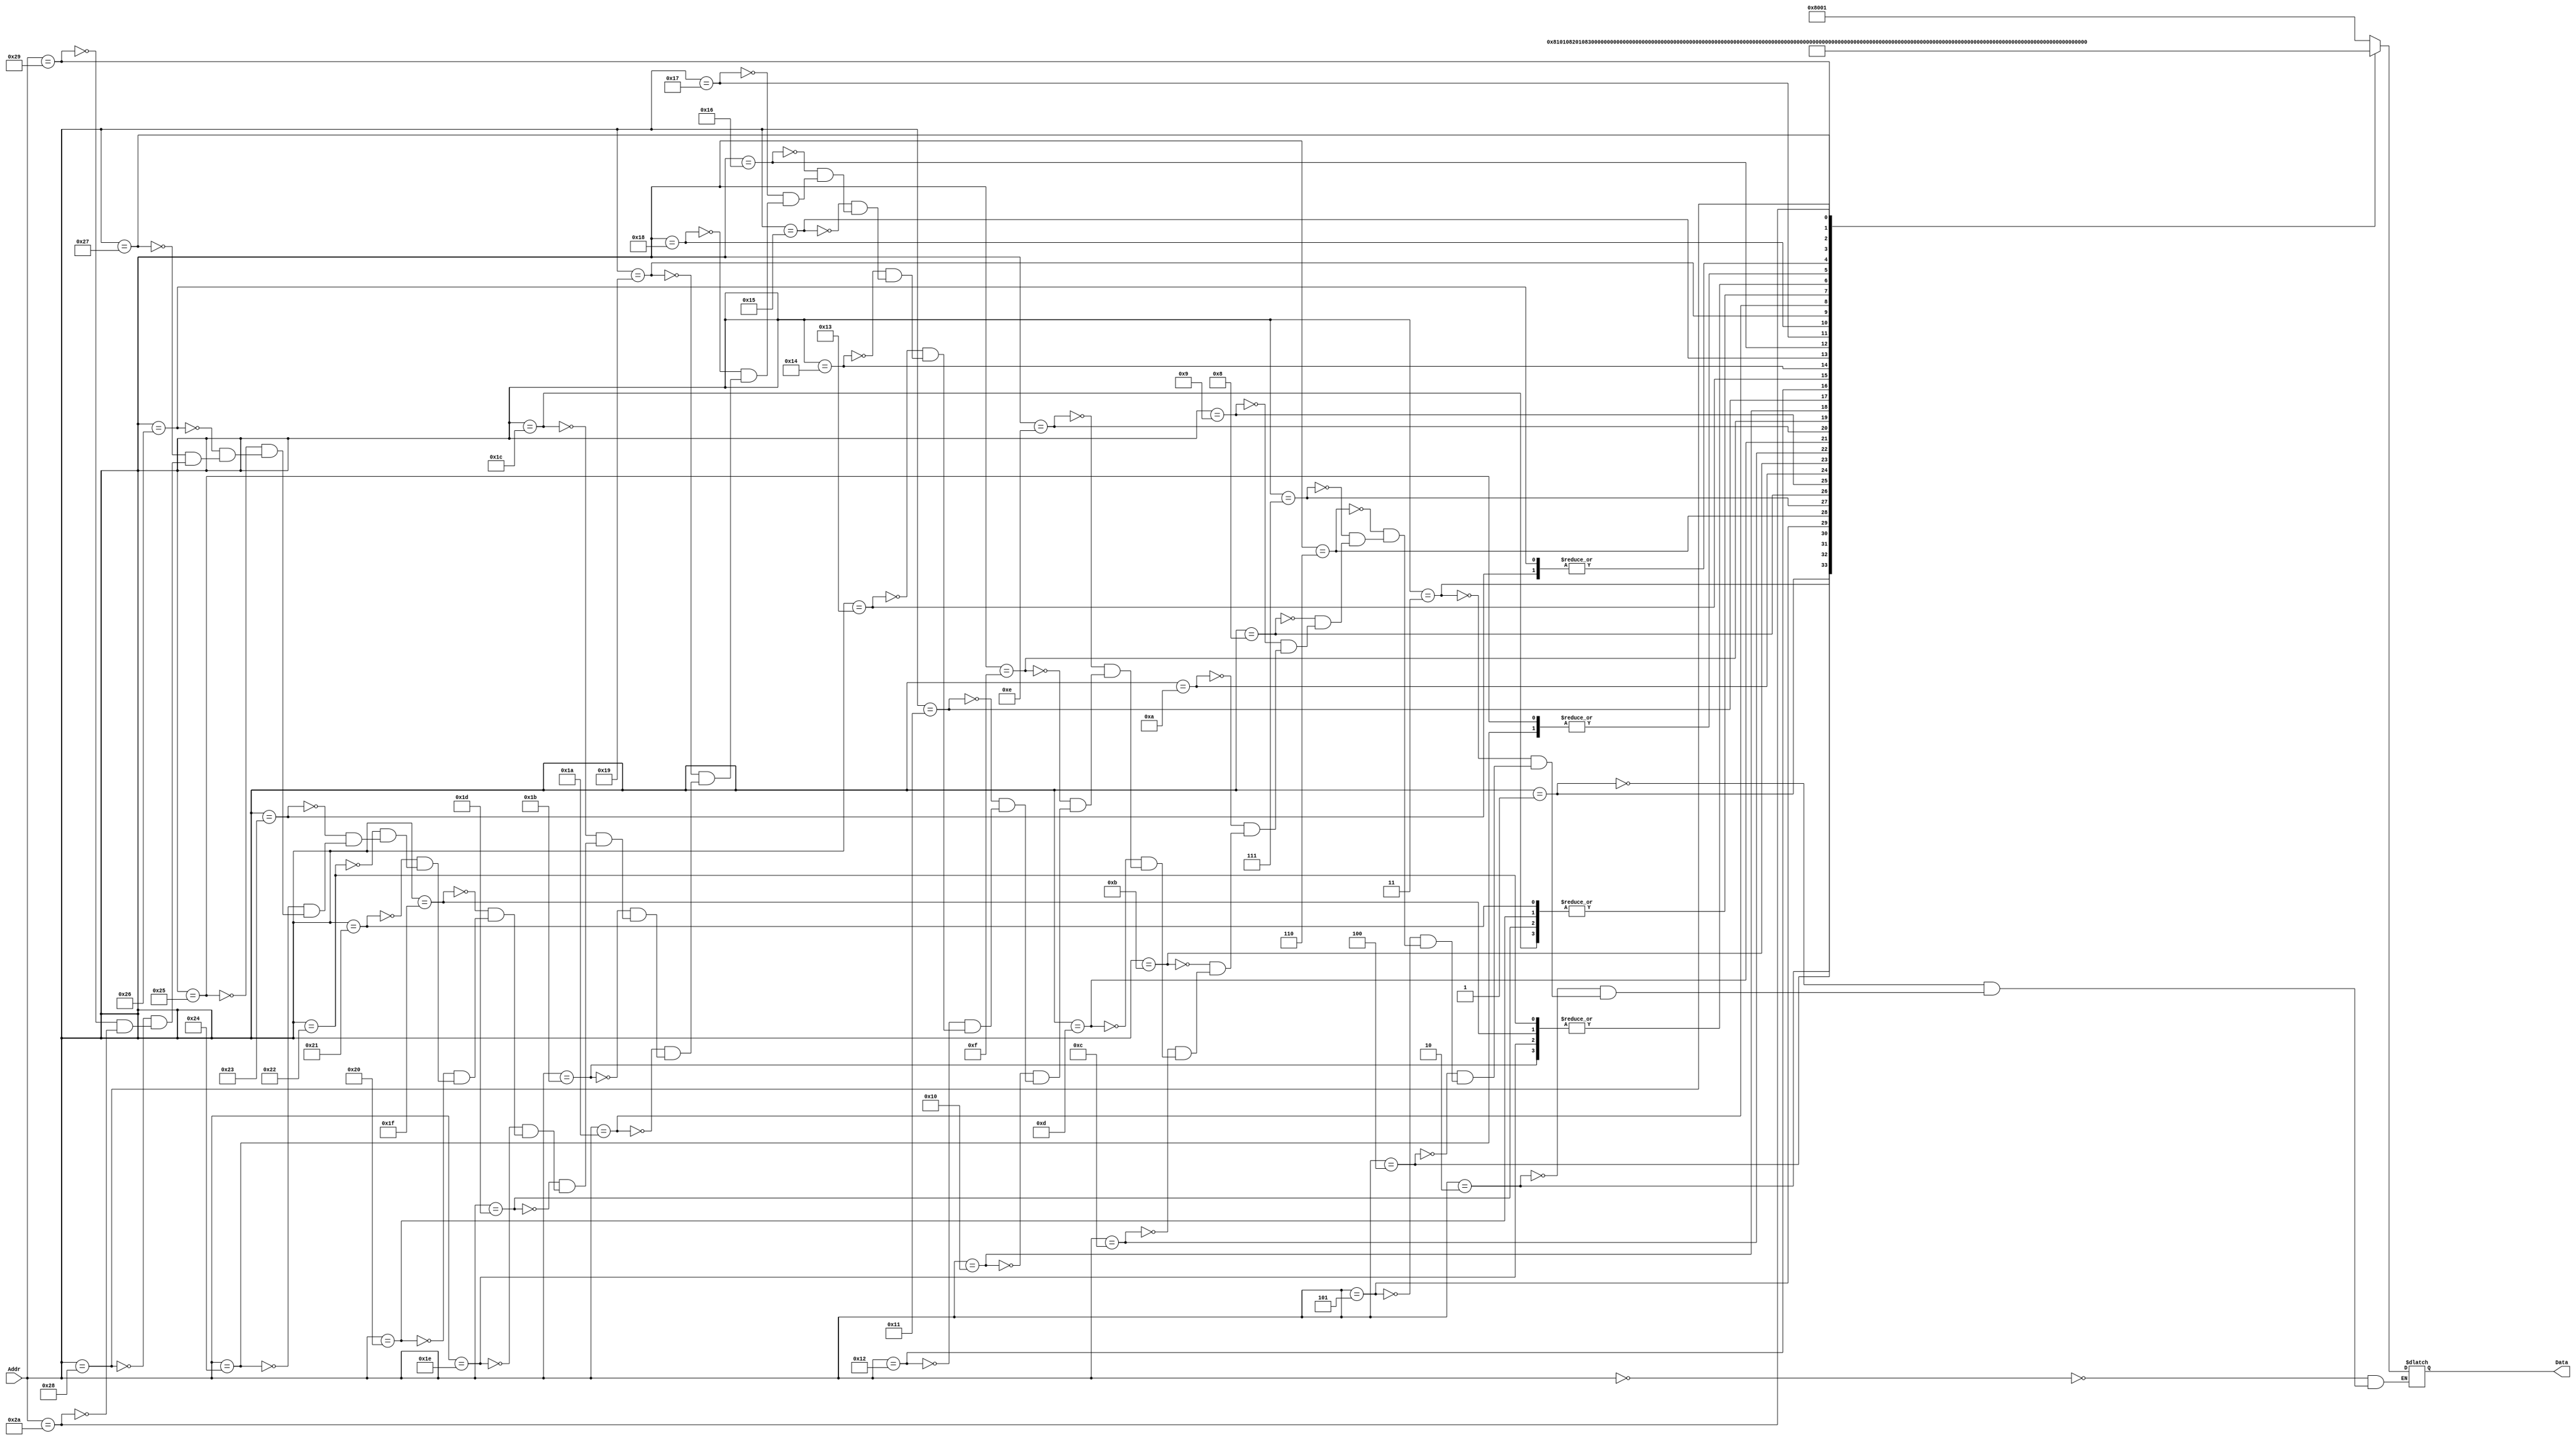
module ROMControl (
    Addr,
    Data 
);
    parameter WIDTH_ADD = 6;
    parameter WIDTH_DATA = 20;
    input [WIDTH_ADD - 1:0] Addr;
    output reg [WIDTH_DATA - 1:0] Data;

    always @(Addr) begin
        case (Addr)
            //R type           
            6'd0:   Data = 20'b0_000_1_0_0_0_0000_0_00_000_01;
            6'd1:   Data = 20'b0_000_1_0_0_0_0001_0_00_000_01; 
            6'd2:   Data = 20'b0_000_1_0_0_0_0010_0_00_000_01;
            6'd3:   Data = 20'b0_000_1_0_0_0_0011_0_00_000_01;
            6'd4:   Data = 20'b0_000_1_0_0_0_0100_0_00_000_01; 
            6'd5:   Data = 20'b0_000_1_0_0_0_0101_0_00_000_01; 
            6'd6:   Data = 20'b0_000_1_0_0_0_0110_0_00_000_01; 
            6'd7:   Data = 20'b0_000_1_0_0_0_0111_0_00_000_01;
            6'd8:   Data = 20'b0_000_1_0_0_0_1000_0_00_000_01;
            6'd9:   Data = 20'b0_000_1_0_0_0_1001_0_00_000_01; 

            //I type
            6'd10:  Data = 20'b0_000_1_0_1_0_0000_0_00_000_01; 
            6'd11:  Data = 20'b0_000_1_0_1_0_0011_0_00_000_01; 
            6'd12:  Data = 20'b0_001_1_0_1_0_0100_0_00_000_01; 
            6'd13:  Data = 20'b0_000_1_0_1_0_0101_0_00_000_01;
            6'd14:  Data = 20'b0_000_1_0_1_0_1000_0_00_000_01; 
            6'd15:  Data = 20'b0_000_1_0_1_0_1001_0_00_000_01;  
            6'd16:  Data = 20'b0_010_1_0_1_0_0010_0_00_000_01; 
            6'd17:  Data = 20'b0_010_1_0_1_0_0110_0_00_000_01; 
            6'd18:  Data = 20'b0_010_1_0_1_0_0111_0_00_000_01; 

            //I type, Load Instruction
            6'd19:  Data = 20'b0_000_1_0_1_0_0000_0_00_000_00;
            6'd20:  Data = 20'b0_000_1_0_1_0_0000_0_00_001_00;
            6'd21:  Data = 20'b0_000_1_0_1_0_0000_0_00_010_00;
            6'd22:  Data = 20'b0_000_1_0_1_0_0000_0_00_011_00;
            6'd23:  Data = 20'b0_000_1_0_1_0_0000_0_00_100_00;

            //S type, Store Instruction
            6'd24:  Data = 20'b0_011_0_0_1_0_0000_1_00_000_00;
            6'd25:  Data = 20'b0_011_0_0_1_0_0000_1_01_000_00;
            6'd26:  Data = 20'b0_011_0_0_1_0_0000_1_11_000_00;

            //B type, Conditional Branch
            6'd27:  Data = 20'b1_100_0_0_1_1_0000_0_00_000_00;  //BEQ
            6'd28:  Data = 20'b0_100_0_0_1_1_0000_0_00_000_00;
            6'd29:  Data = 20'b0_100_0_0_1_1_0000_0_00_000_00;  //BNE
            6'd30:  Data = 20'b1_100_0_0_1_1_0000_0_00_000_00;
            6'd31:  Data = 20'b1_100_0_0_1_1_0000_0_00_000_00;  //BLT
            6'd32:  Data = 20'b0_100_0_0_1_1_0000_0_00_000_00;
            6'd33:  Data = 20'b0_100_0_0_1_1_0000_0_00_000_00;  //BGE
            6'd34:  Data = 20'b1_100_0_0_1_1_0000_0_00_000_00;
            6'd35:  Data = 20'b1_100_0_1_1_1_0000_0_00_000_00;  //BLTU
            6'd36:  Data = 20'b0_100_0_1_1_1_0000_0_00_000_00;
            6'd37:  Data = 20'b0_100_0_1_1_1_0000_0_00_000_00;  //BGEU
            6'd38:  Data = 20'b1_100_0_1_1_1_0000_0_00_000_00;

            //U type
            6'd39:  Data = 20'b0_101_1_0_1_0_1111_0_00_000_01;  //LUI
            6'd40:  Data = 20'b0_101_1_0_1_1_1110_0_00_000_01;  //AUIPC

            //J type, Unconditional Branch
            6'd41:  Data = 20'b1_110_1_0_1_1_0000_0_00_000_10;  //JAL
            6'd42:  Data = 20'b1_000_1_0_1_0_0000_0_00_000_10;  //JALR

            default: ;
        endcase
    end
endmodule